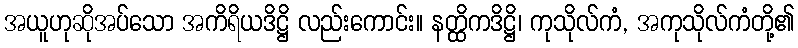
အယူဟုဆိုအပ်သော အကိရိယဒိဋ္ဌိ လည်းကောင်း။ နတ္ထိကဒိဋ္ဌိ၊ ကုသိုလ်ကံ, အကုသိုလ်ကံတို့၏